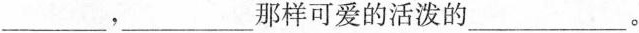
___，___那样可爱的活泼的___。